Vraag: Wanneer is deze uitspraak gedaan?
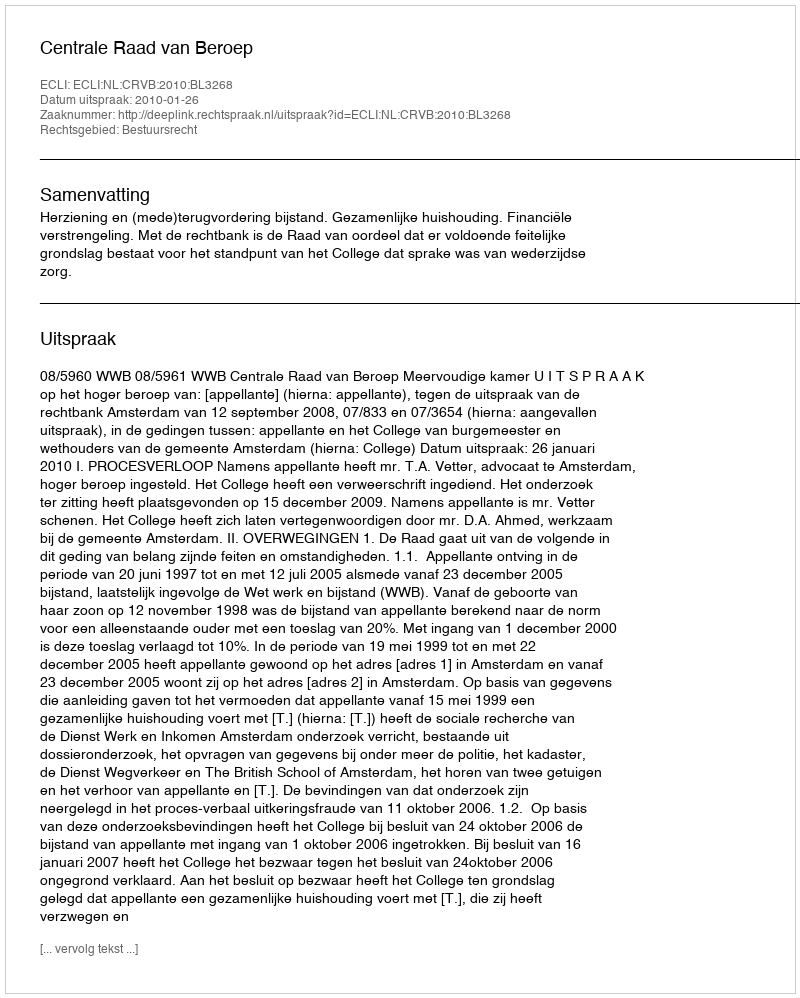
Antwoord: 2010-01-26